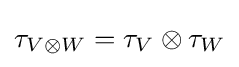
\tau _{V\otimes W}=\tau _{V}\otimes \tau _{W}